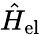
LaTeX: \hat{H}_{\mathrm{el}}